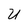
Character: U